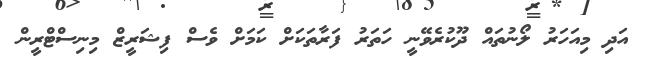
އަދި މިއަހަރު ލޯނުތައް ދޫކުރެވޭނީ ހަތަރު ފަރާތަކަށް ކަމަށް ވެސް ފިޝަރީޒް މިނިސްޓްރީން